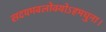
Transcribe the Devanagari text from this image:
सदयमवलोक्योऽहमधुना।